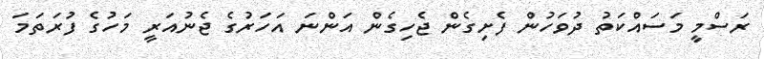
ރަސްމީ މަސައްކަތު ދުވަހުން ފެށިގެން ޖެހިގެން އަންނަ އަހަރުގެ ޖެނުއަރީ މަހުގެ ފުރަތަމަ